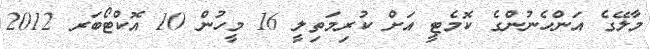
މާލޭގެ އަންހެނުންގެ ކޮމެޓީ އަށް ކުރިމަތިލީ 16 މީހުން 10 އޮކްޓޯބަރ 2012